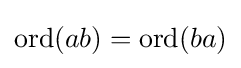
\operatorname {ord} (ab)=\operatorname {ord} (ba)